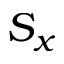
S _ { x }